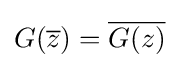
G({\overline {z}})={\overline {G(z)}}